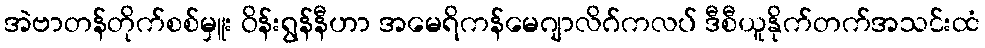
အဲဗာတန်တိုက်စစ်မှူး ဝိန်းရွန်နီဟာ အမေရိကန်မေဂျာလိဂ်ကလပ် ဒီစီယူနိုက်တက်အသင်းထံ